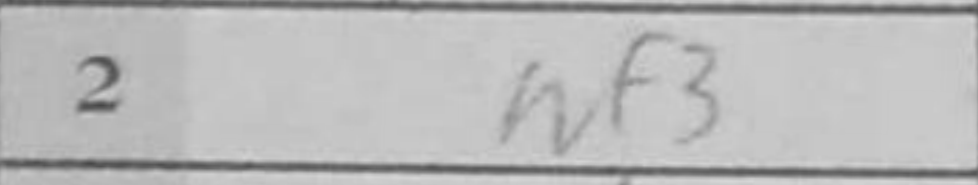
Transcription: Nf3